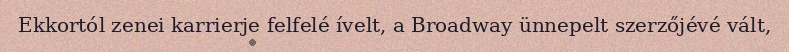
Ekkortól zenei karrierje felfelé ívelt, a Broadway ünnepelt szerzőjévé vált,